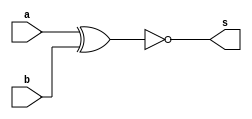
`timescale 1ns / 1ps
//////////////////////////////////////////////////////////////////////////////////
// Company: 
// Engineer: 
// 
// Design Name: 
// Module Name: xnor_1
// Project Name: 
// Target Devices: 
// Tool Versions: 
// Description: 
// 
// Dependencies: 
// 
// Revision:
// Revision 0.01 - File Created
// Additional Comments:
// 
//////////////////////////////////////////////////////////////////////////////////


module xnor_1(a,b,s);
input a,b;
output s;
assign s=~(a^b);
endmodule